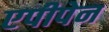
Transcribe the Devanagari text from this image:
एपीपेन